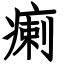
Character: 瘌